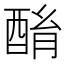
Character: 酳